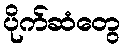
ပိုက်ဆံတွေ